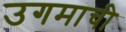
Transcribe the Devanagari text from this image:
उगमाची